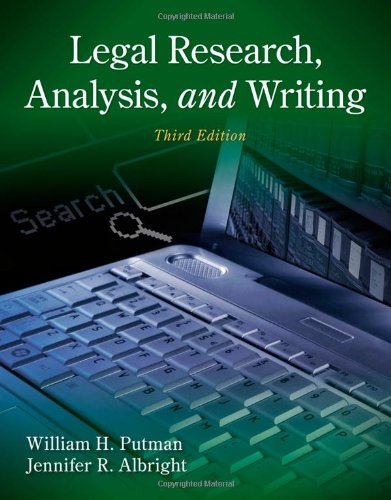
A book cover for Legal Research, Analysis, and Writing; William H. Putman; Law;